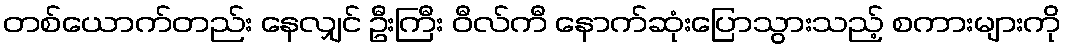
တစ်ယောက်တည်း နေလျှင် ဦးကြီး ဝီလ်ကီ နောက်ဆုံးပြောသွားသည့် စကားများကို